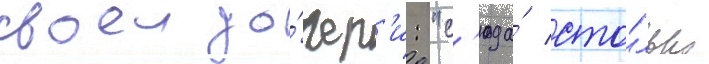
своеи до́чер'и: "с'юда́ сто́лько